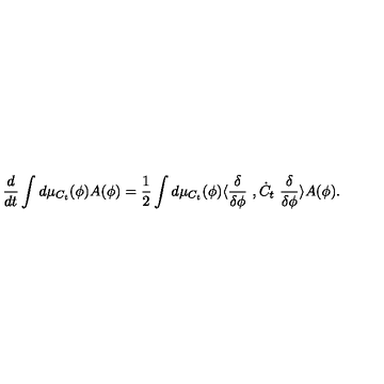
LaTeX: \frac { d } { d t } \int d \mu _ { C _ { t } } ( \phi ) A ( \phi ) = \frac { 1 } { 2 } \int d \mu _ { C _ { t } } ( \phi ) \langle \frac { \delta } { \delta \phi } \ , \dot { C } _ { t } \ \frac { \delta } { \delta \phi } \rangle A ( \phi ) .